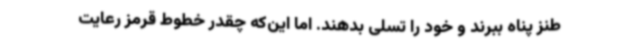
طنز پناه ببرند و خود را تسلی بدهند. اما این‌که چقدر خطوط قرمز رعایت